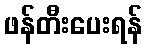
ဖန်တီးပေးရန်